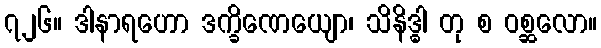
၇၂၆။ ဒါနာရဟော ဒက္ခိဏေယျော၊ သိနိဒ္ဓါ တု စ ဝစ္ဆလော။